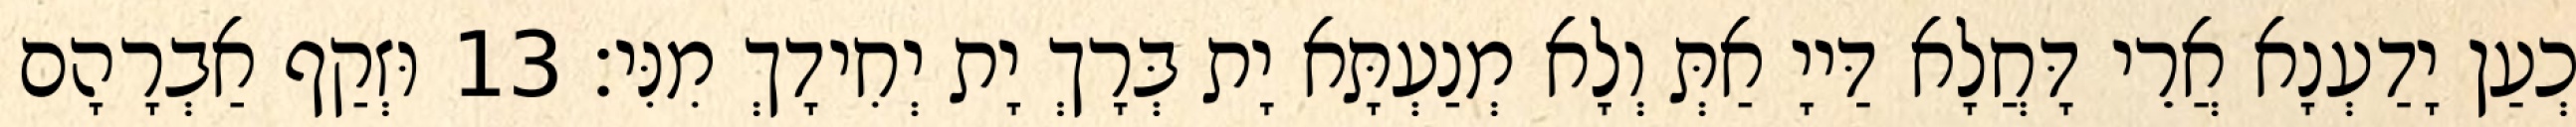
כְעַן יָדַעְנָא אֲרֵי דָּחֲלָא דַּייָ אַתְּ וְלָא מְנַעְתָּא יָת בְּרָךְ יָת יְחִידָךְ מִנִּי׃ 13 וּזְקַף אַבְרָהָם